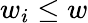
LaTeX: w_{i}\leq w